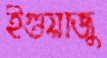
ইগুয়াজু